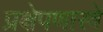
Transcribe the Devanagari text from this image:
प्रक्षेपणास्त्रे